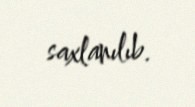
saxlanılıb.